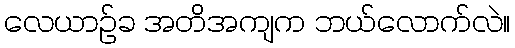
လေယာဉ်ခ အတိအကျက ဘယ်လောက်လဲ။